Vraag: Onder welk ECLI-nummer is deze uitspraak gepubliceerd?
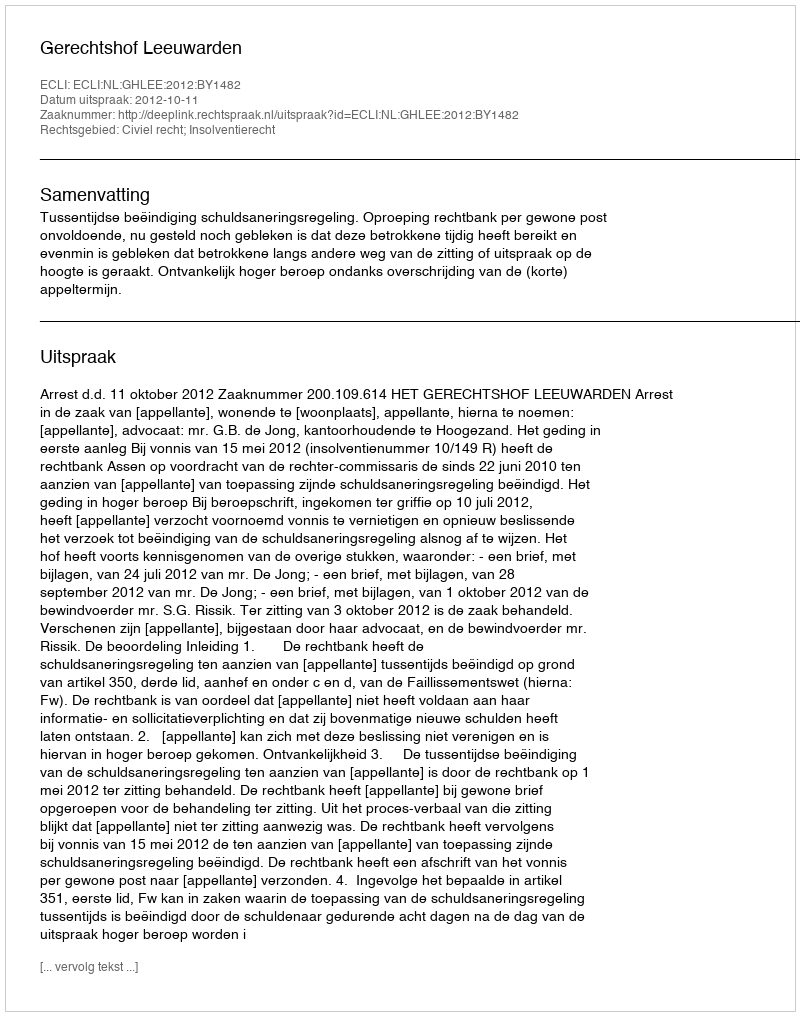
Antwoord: ECLI:NL:GHLEE:2012:BY1482